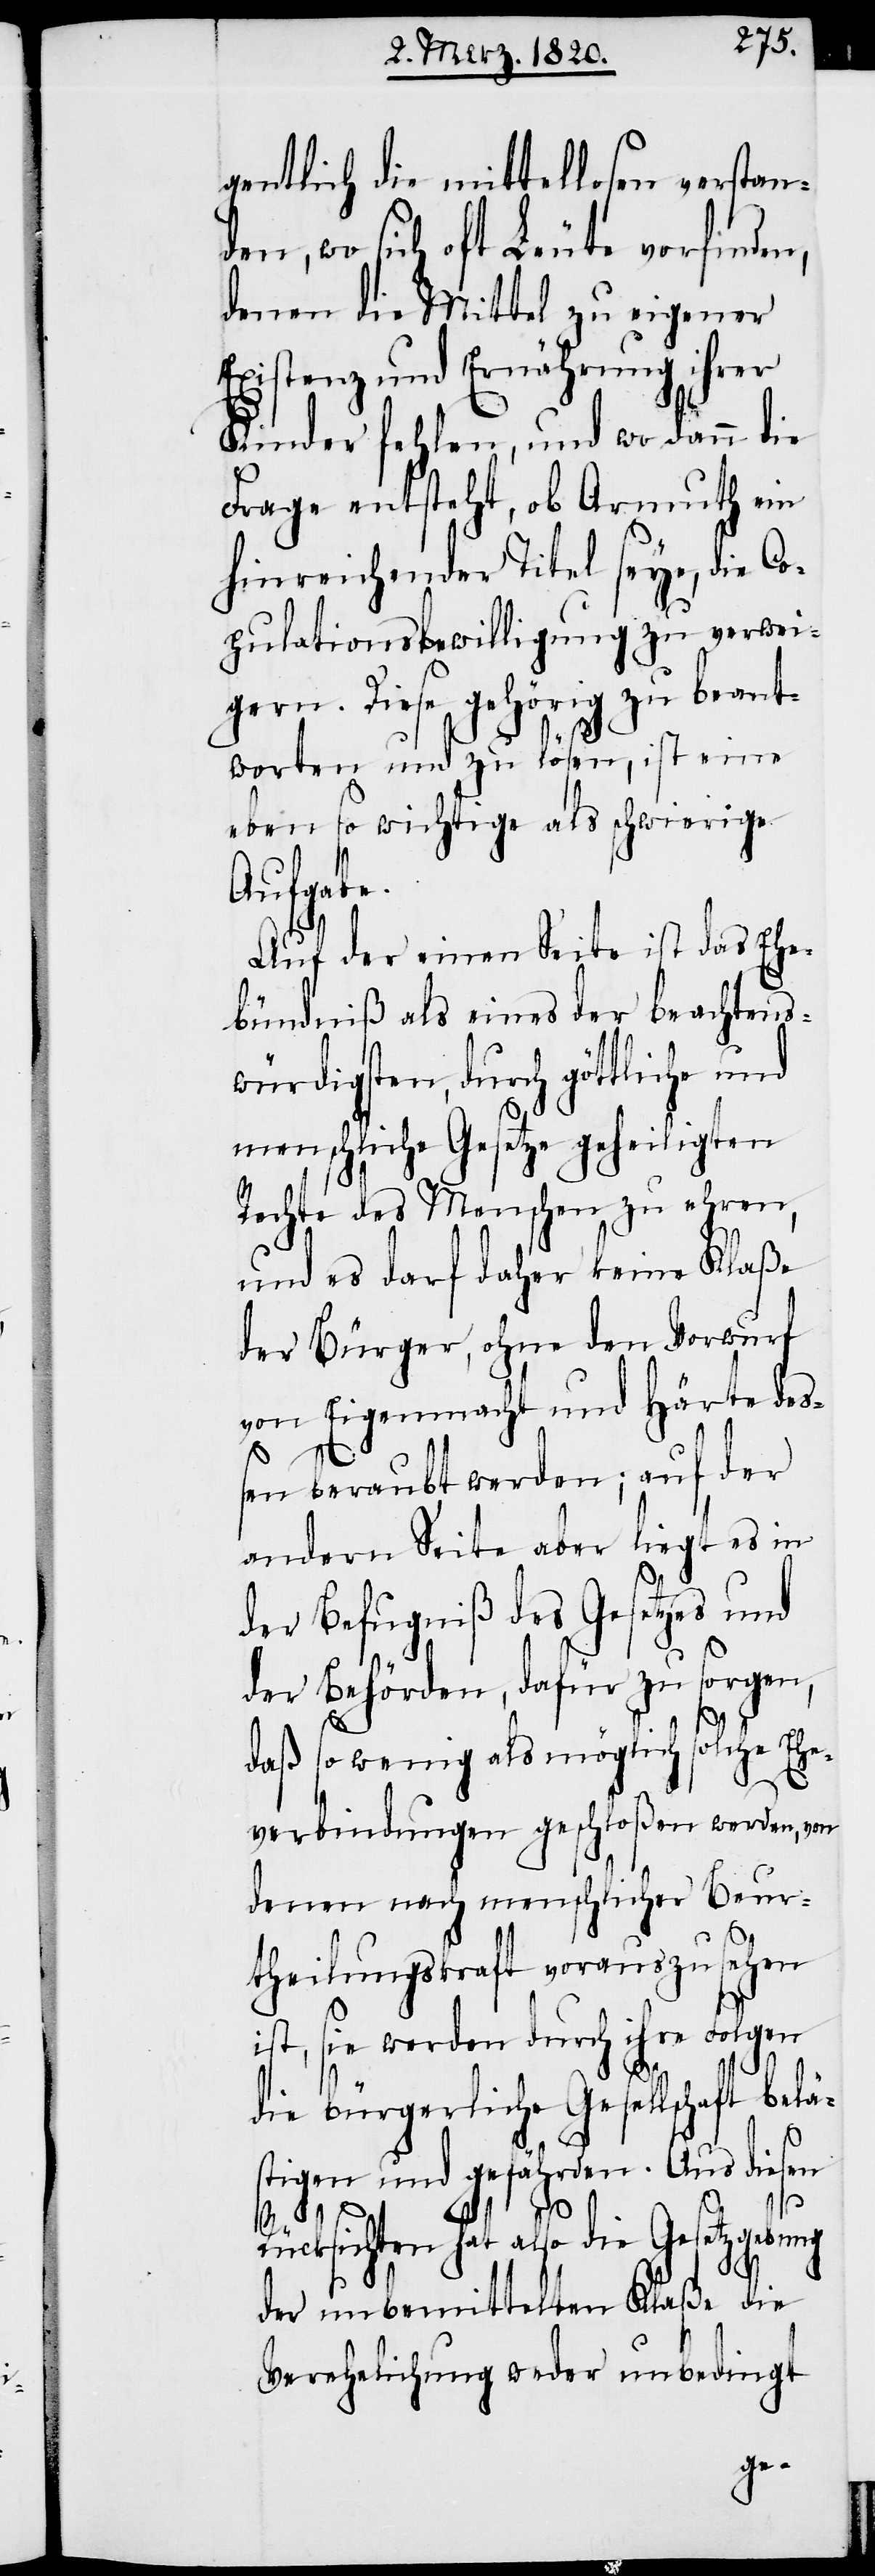
gentlich die mittellosen verstan¬
den, wo sich oft Leute vorfinden,
denen die Mittel zu eigener
Existenz und Ernährung ihrer
Kinder fehlen, und wo dann die
Frage entsteht, ob Armuth ein
hinreichender Titel seye, die Co¬
pulationsbewilligung zu verwei¬
gern. Diese gehörig zu beant¬
worten und zu lösen, ist eine
eben so wichtige als schwierige
Aufgabe.
Auf der einen Seite ist das Ehe¬
bündniß als eines der beachtens¬
würdigsten, durch göttliche und
menschliche Gesetze geheiligten
Rechte des Menschen zu ehren,
und es darf daher keine Klaße
der Bürger, ohne den Vorwurf
von Eigenmacht und Härte deß¬
en beraubt werden; auf der
andern Seite aber liegt es in
der Befugniß des Gesetzes und
der Behörden, dafür zu sorgen,
daß so wenig als möglich solche Eh¬
everbindungen geschloßen werden, von
denen nach menschlicher Beur¬
theilungskraft vorauszusehen
ist, sie werden durch ihre Folgen
die bürgerliche Gesellschaft belä¬
stigen und gefährden. Aus diesen
Rücksichten hat also die Gesetzgebung
der unbemittelten Klaße die
Verehelichung weder unbedingt